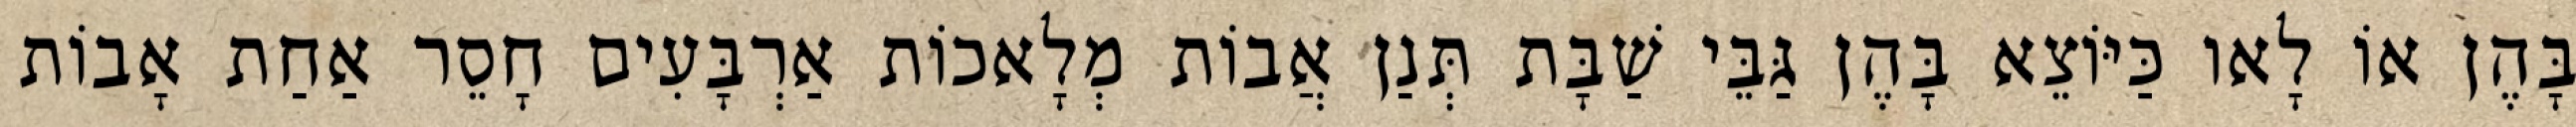
בָּהֶן אוֹ לָאו כַּיּוֹצֵא בָּהֶן גַּבֵּי שַׁבָּת תְּנַן אֲבוֹת מְלָאכוֹת אַרְבָּעִים חָסֵר אַחַת אָבוֹת